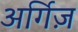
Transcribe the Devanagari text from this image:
अर्गिज़